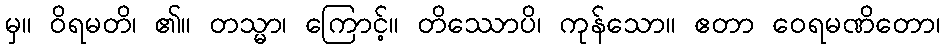
မှ။ ဝိရမတိ၊ ၏။ တသ္မာ၊ ကြောင့်။ တိဿောပိ၊ ကုန်သော။ ဧတာ ဝေရမဏိတော၊